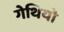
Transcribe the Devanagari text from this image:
गेथियो